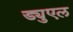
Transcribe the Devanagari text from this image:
ड्युएल